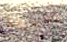
ياسيدة